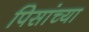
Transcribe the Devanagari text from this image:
पिसांच्या